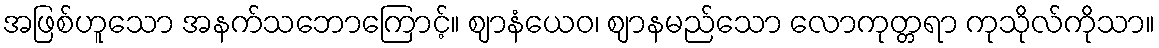
အဖြစ်ဟူသော အနက်သဘောကြောင့်။ ဈာနံယေဝ၊ ဈာနမည်သော လောကုတ္တရာ ကုသိုလ်ကိုသာ။